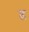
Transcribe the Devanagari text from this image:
च्ल